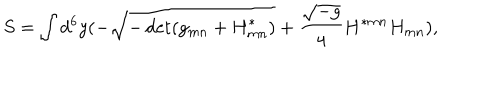
S = \int d ^ { 6 } y ( - \sqrt { - \det ( g _ { m n } + { H } _ { m n } ^ { * } ) } + { \frac { \sqrt { - g } } { 4 } } H ^ { * m n } H _ { m n } ) ,